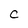
Character: c